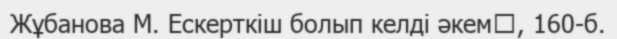
Жұбанова М. Ескерткіш болып келді әкем	, 160-б.